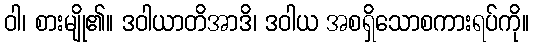
ဝါ၊ စားမျို၏။ ဒဝါယာတိအာဒိ၊ ဒဝါယ အစရှိသောစကားရပ်ကို။